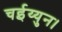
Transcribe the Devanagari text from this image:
चईय्युन।